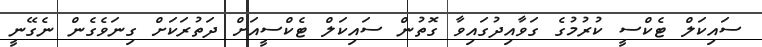
ސައިކަލް ޓެކްސީ ކުރުމުގެ ގަވާއިދުގައިވާ ގޮތުން ސައިކަލް ޓެކްސީއަށް ދަތުރަކަށް ގިނަވެގެން ނެގޭނީ